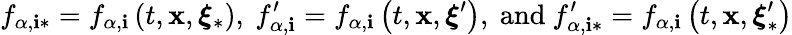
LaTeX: f_{\alpha,\mathbf{i}\ast}=f_{\alpha,\mathbf{i}}\left(t,\mathbf{{x}},\boldsymbol{\xi}_{\ast}\right)\mathrm{{,~}}f_{\alpha,\mathbf{i}}^{\prime}=f_{\alpha,\mathbf{i}}\left(t,\mathbf{{x}},\boldsymbol{\xi}^{\prime}\right)\mathrm{{,~and~}}f_{\alpha,\mathbf{i}\ast}^{\prime}=f_{\alpha,\mathbf{i}}\left(t,\mathbf{{x}},\boldsymbol{\xi}_{\ast}^{\prime}\right)